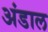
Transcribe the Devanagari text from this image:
अंडाल